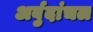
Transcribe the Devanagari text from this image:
अर्बुदांचल